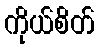
ကိုယ်စိတ်